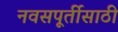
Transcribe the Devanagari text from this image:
नवसपूर्तीसाठी